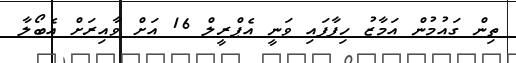
ތިން ގައުމުން އަމާޒު ހިފާފައި ވަނީ އެޕްރީލް 16 އަށް ވާއިރަށް އެބޯލާ